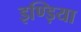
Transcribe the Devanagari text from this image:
इण्ड़िया